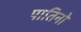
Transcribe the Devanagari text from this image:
पातिनो